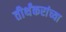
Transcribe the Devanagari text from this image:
तीर्थंकरांच्या